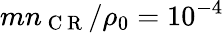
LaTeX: mn_{\mathrm{~C~R~}}/\rho_{0}=10^{-4}